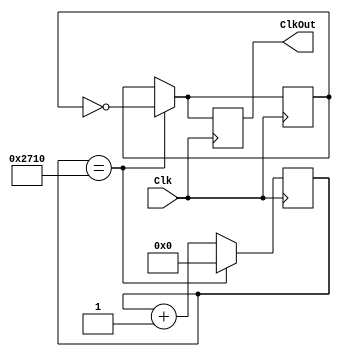
`timescale 1ns / 1ns
/*
 * Design: ECE 274 - Clock Divider generating 1 Hz clock output from 50 MHz input clock
 * Copyright 2008, All Rights Reserved
 *
 *
 */
module clockdivider(Clk, ClkOut);
   input Clk;
   output reg ClkOut;
  
   parameter DivVal = 10000; //25000000;
   reg[24:0] DivCnt;
   reg ClkInt;
	
   always @(posedge Clk) begin
		if( DivCnt == DivVal ) begin
			ClkOut <= ~ClkInt;
         ClkInt <= ~ClkInt;
         DivCnt <= 0;
      end
      else begin
			ClkOut <= ClkInt;
         ClkInt <= ClkInt;
         DivCnt <= DivCnt + 1;
      end
   end
endmodule